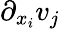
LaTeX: \partial_{x_{i}}v_{j}